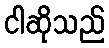
ငါဆိုသည်